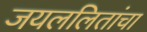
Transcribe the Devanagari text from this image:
जयललितांचा